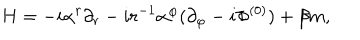
LaTeX: H = - i \alpha ^ { r } \partial _ { r } - i r ^ { - 1 } \alpha ^ { \varphi } ( \partial _ { \varphi } - i \Phi ^ { ( 0 ) } ) + \beta m ,